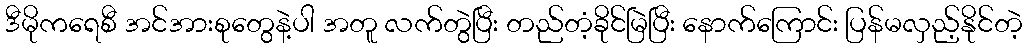
ဒီမိုကရေစီ အင်အားစုတွေနဲ့ပါ အတူ လက်တွဲပြီး တည်တံ့ခိုင်မြဲပြီး နောက်ကြောင်း ပြန်မလှည့်နိုင်တဲ့